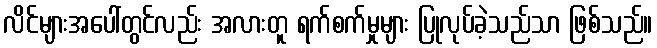
လိင်များအပေါ်တွင်လည်း အလားတူ ရက်စက်မှုများ ပြုလုပ်ခဲ့သည်သာ ဖြစ်သည်။